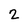
Character: 2